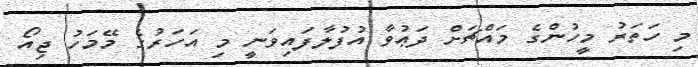
މި ހަތަރު މީހުންގެ މައްޗަށް ދަޢުވާ އުފުލާފައިވަނީ މި އަހަރުގެ މޭމަހު ޖިއޯ